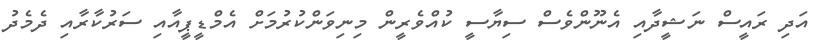
އަދި ރައީސް ނަޝީދާއި އެނޫންވެސް ސިޔާސީ ކުއްވެރީން މިނިވަންކުރުމަށް އެމްޑީޕީއާއި ސަރުކާރާއި ދެމެދު